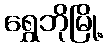
ရွှေဘိုမြို့